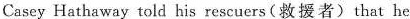
Casey Hathaway toid his rescuersv(救 援者)that he